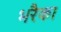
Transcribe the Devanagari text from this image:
भरैका